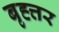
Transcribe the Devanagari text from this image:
बृह्त्तर